Civil Veterinary Department Bengal reports 1923-33 - 1923-1933
Year: 1923
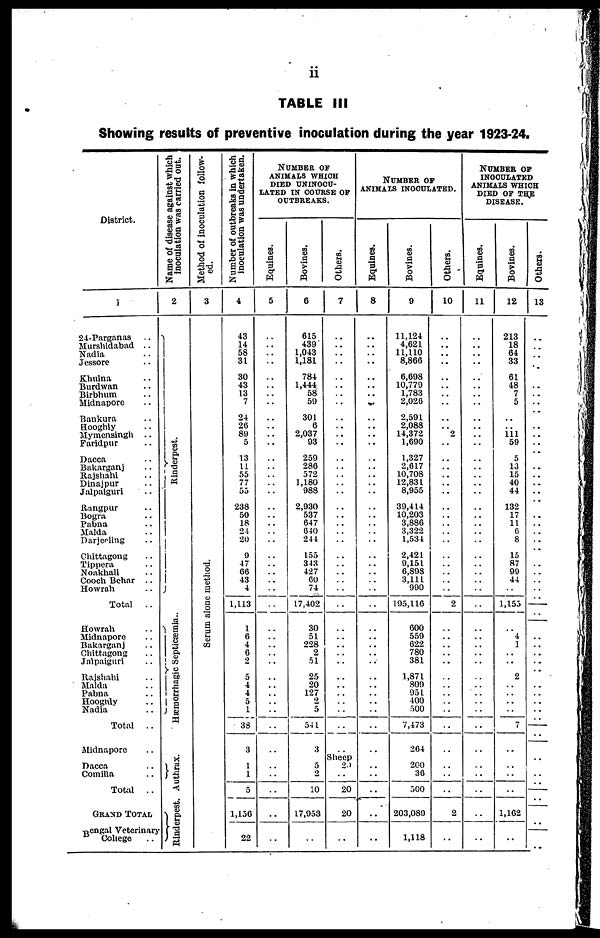
ii
TABLE III
Showing results of preventive inoculation during the year 1923-24.
District.
1
24-Parganas ..
Murshidabad ..
Nadia ..
Jessore ..
Khulna ..
Burdwan ..
Birbhum ..
Midnapore ..
Baukura ..
Hooghly ..
Mymensingh ..
Faridpur ..
Dacca
Bakarganj ..
Rajshahi ..
Dinajpur ..
Jalpaiguri ..
Rangpur ..
Bogra ..
Pabna ..
Malda ..
Darjeeling ..
Chittagong ..
Tippera ..
Noakhali ..
Cooch Behar ..
Howrah ..
Total
..
Howrah ..
Midnapore ..
Bakarganj ..
Chittagong ..
Jalpaiguri ..
Rajshahi ..
Malda ..
Pabna ..
Hooghly ..
Nadia ..
Total ..
Midnapore ..
Dacca ..
Comilla ..
Total ..
GRAND TOTAL
Bengal Veterinary
College ..
Name of disease against which
inoculation was carried out.
2
Ri nder pes t
.
Hæmorrhagic Septicæmia ..
Authrax.
Rinderpest
Method of inoculation follow-
ed.
3
Serum alone method.
Number of outbreaks in which
inoculation was undertaken.
4
43
14
58
31
30
43
13
7
24
26
89
5
13
11
55
77
55
238
50
18
24
20
9
47
66
43
4
1,113
1
6
4
6
2
5
4
4
5
1
38
3
1
1
5
1,156
22
NUMBER OF
ANIMALS WHICH
DIED UNINOCU-
LATED IN COURSE OF
OUTBREAKS.
Equines.
5
..
..
..
..
..
..
..
..
..
..
..
..
..
..
..
..
..
..
..
..
..
..
..
..
..
..
..
..
..
..
..
..
..
..
..
..
..
..
..
..
..
..
..
..
..
..
Bovines.
6
615
439
1,043
1,181
784
1,444
58
59
301
6
2,037
93
259
286
572
1,180
988
2,930
537
647
640
244
155
343
427
60
74
17,402
30
51
228
2
51
25
20
127
2
5
541
3
5
2
10
17,953
..
..
Others.
7
..
..
..
..
..
..
..
..
..
..
..
..
..
..
..
..
..
..
..
..
..
..
..
..
..
..
..
..
..
..
..
..
..
..
..
..
..
..
..
..
Sheep
20
..
20
20
..
..
NUMBER OF
ANIMALS INOCULATED.
Equines.
8
..
..
..
..
..
..
..
..
..
..
..
..
..
..
..
..
..
..
..
..
..
..
..
..
..
..
..
..
..
..
..
..
..
..
..
..
..
..
..
..
..
..
..
..
..
..
Bovines.
9
11,124
4,621
11,110
8,866
6,698
10,779
1,783
2,026
2,591
2,088
14,372
1,690
1,327
2,617
10,708
12,831
8,955
39,414
10,203
3,886
3,322
1,534
2,421
9,151
6,898
3,111
990
195,116
600
559
622
780
381
1,871
809
951
400
500
7,473
264
200
36
500
203,089
1,118
Others.
10
..
..
..
..
..
..
..
..
..
.. 2
..
..
..
..
..
..
..
..
..
..
..
..
..
..
..
..
2
..
..
..
..
..
..
..
..
..
..
..
..
..
..
..
2
..
..
NUMBER OF
INOCULATED
ANIMALS WHICH
DIED OF THE
DISEASE.
Equines.
11
..
..
..
..
..
..
..
..
..
..
..
..
..
..
..
..
..
..
..
..
..
..
..
..
..
..
..
..
..
..
..
..
..
..
..
..
..
..
..
..
..
..
..
..
..
..
Bovines.
12
213
18
64
33
61
48
7
5
..
.. 111 59
5
13
15
40
44
132
17
11
6
8
15
87
99
44
..
1,155
..
4
1
..
..
2
..
..
..
..
7
..
..
..
..
1,162
..
..
Others.
13
..
..
..
..
..
..
..
..
..
..
.. ..
..
..
..
..
..
..
..
..
.. ..
..
..
..
..
..
..
..
.. ..
.. ..
..
..
..
..
..
..
..
..
..
..
..
..
..
..